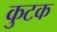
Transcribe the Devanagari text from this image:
कुटक